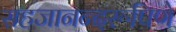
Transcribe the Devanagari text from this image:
सहजानन्दरूपिणे